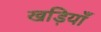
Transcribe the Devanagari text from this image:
खड़ियाँ